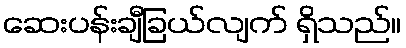
ဆေးပန်းချီခြယ်လျက် ရှိသည်။